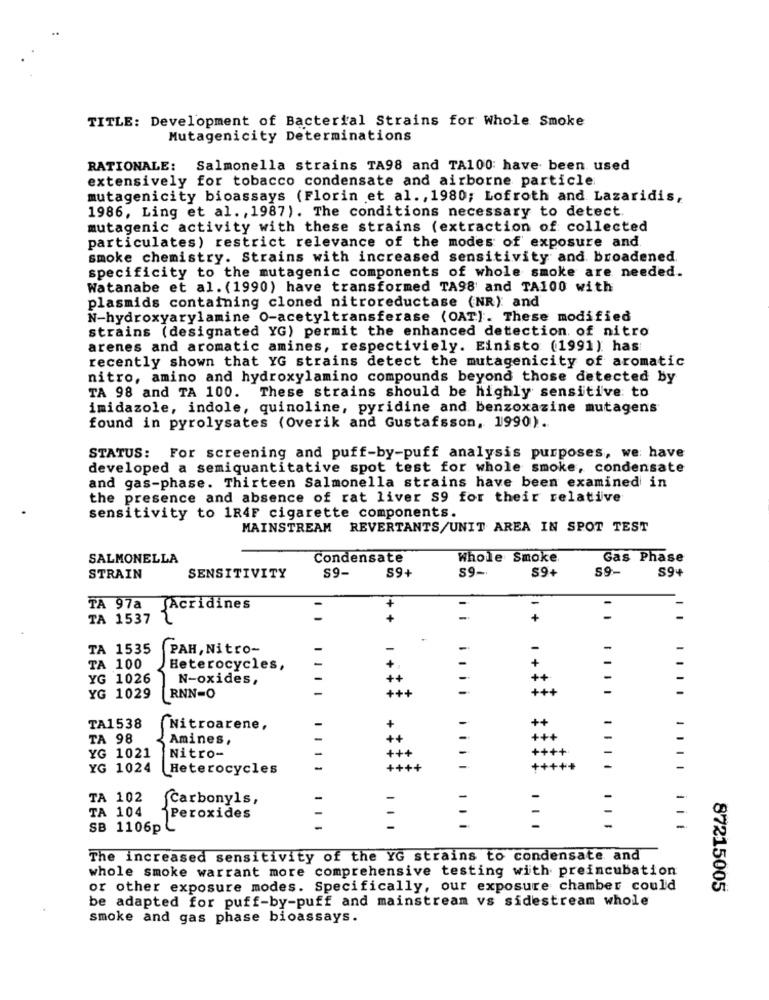
TITLE: Development of Bacterial Strains for Whole Smoke
Mutagenicity Determinations
RATIONALE: Salmonella strains TA98 and TA100: have been used
extensively for tobacco condensate and airborne particle
mutagenicity bioassays (Florin et al. , 1980; Lofroth and Lazaridis,
1986, Ling et al. , 1987). The conditions necessary to detect.
mutagenic activity with these strains (extraction of collected
particulates) restrict relevance of the modes of exposure and
smoke chemistry. Strains with increased sensitivity and broadened.
specificity to the mutagenic components of whole smoke are needed.
Watanabe et al. (1990) have transformed TA98 and TA100 with
plasmids containing cloned nitroreductase (NR): and
N-hydroxyarylamine O-acetyltransferase (OAT]. These modified
strains (designated YG) permit the enhanced detection of nitro
arenes and aromatic amines, respectiviely. Einisto (1991) has
recently shown that YG strains detect the mutagenicity of aromatic
nitro, amino and hydroxylamino compounds beyond those detected by
TA 98 and TA 100. These strains should be highly sensitive to
imidazole, indole, quinoline, pyridine and benzoxazine mutagens
found in pyrolysates (Overik and Gustafsson, 1990).
STATUS: For screening and puff-by-puff analysis purposes, we have
developed a semiquantitative spot test for whole smoke, condensate
and gas-phase. Thirteen Salmonella strains have been examined in
the presence and absence of rat liver S9 for their relative
sensitivity to 1R4F cigarette components.
MAINSTREAM REVERTANTS/UNIT AREA IN SPOT TEST
SALMONELLA
Condensate
Whole Smoke
Gas Phase
S9-
S9-
59-
S9+
STRAIN
SENSITIVITY
$9+
S9+
TA 97a
Acridines
TA 1537 2
+
+
TA 1535
PAH, Nitro-
-
+
TA 100
Heterocycles,
YG 1026
N-oxides,
++
+++
+++
-
YG 1029
RNN=O
+ +
TA1538
-
Nitroarene,
++
TA 98
Amines,
+++
+++
++++
YG 1021
Nitro-
-
YG 1024
Heterocycles
-
++++
+++++
TA 102
Carbonyls,
TA 104
Peroxides
SB 1106p C
The increased sensitivity of the YG strains to condensate and
whole smoke warrant more comprehensive testing with preincubation
or other exposure modes. Specifically, our exposure chamber could
87215005
be adapted for puff-by-puff and mainstream vs sidestream whole
smoke and gas phase bioassays.